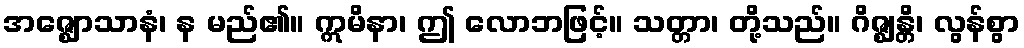
အဇ္ဈောသာနံ၊ န မည်၏။ ဣမိနာ၊ ဤ လောဘဖြင့်။ သတ္တာ၊ တို့သည်။ ဂိဇ္ဈန္တိ၊ လွန်စွာ